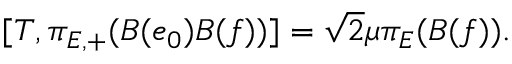
[ T , \pi _ { E , + } ( B ( e _ { 0 } ) B ( f ) ) ] = \sqrt { 2 } \mu \pi _ { E } ( B ( f ) ) .